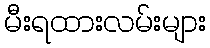
မီးရထားလမ်းများ